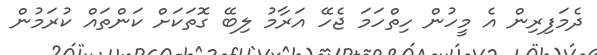
ދެމަފިރިން އެ މީހުން ހިތްހަމަ ޖެހޭ އަރާމު ލިބޭ ގޮތަކަށް ކަންތައް ކުރަމުން